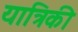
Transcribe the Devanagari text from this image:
यात्रिकी